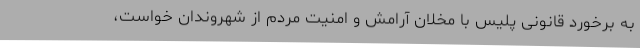
به برخورد قانونی پلیس با مخلان آرامش و امنیت مردم از شهروندان خواست،